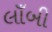
લાઁબી